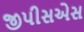
જીપીસએસ